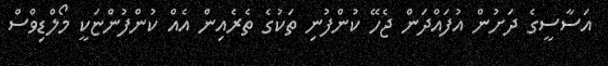
އަސާސީގެ ދަށުން އުފައްދަން ޖެހޭ ކުންފުނި ތަކުގެ ތެރެއިން އެއް ކުންފުންޏަކީ މޯލްޑިވްސް